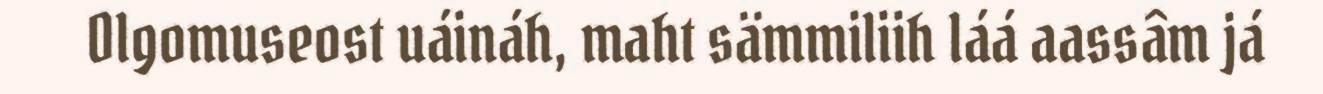
Olgomuseost uáináh, maht sämmiliih láá aassâm já